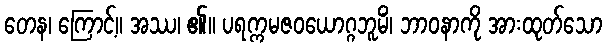
တေန၊ ကြောင့်။ အဿ၊ ၏။ ပရက္ကမဇဝယောဂ္ဂဘူမိံ၊ ဘာဝနာကို အားထုတ်သော